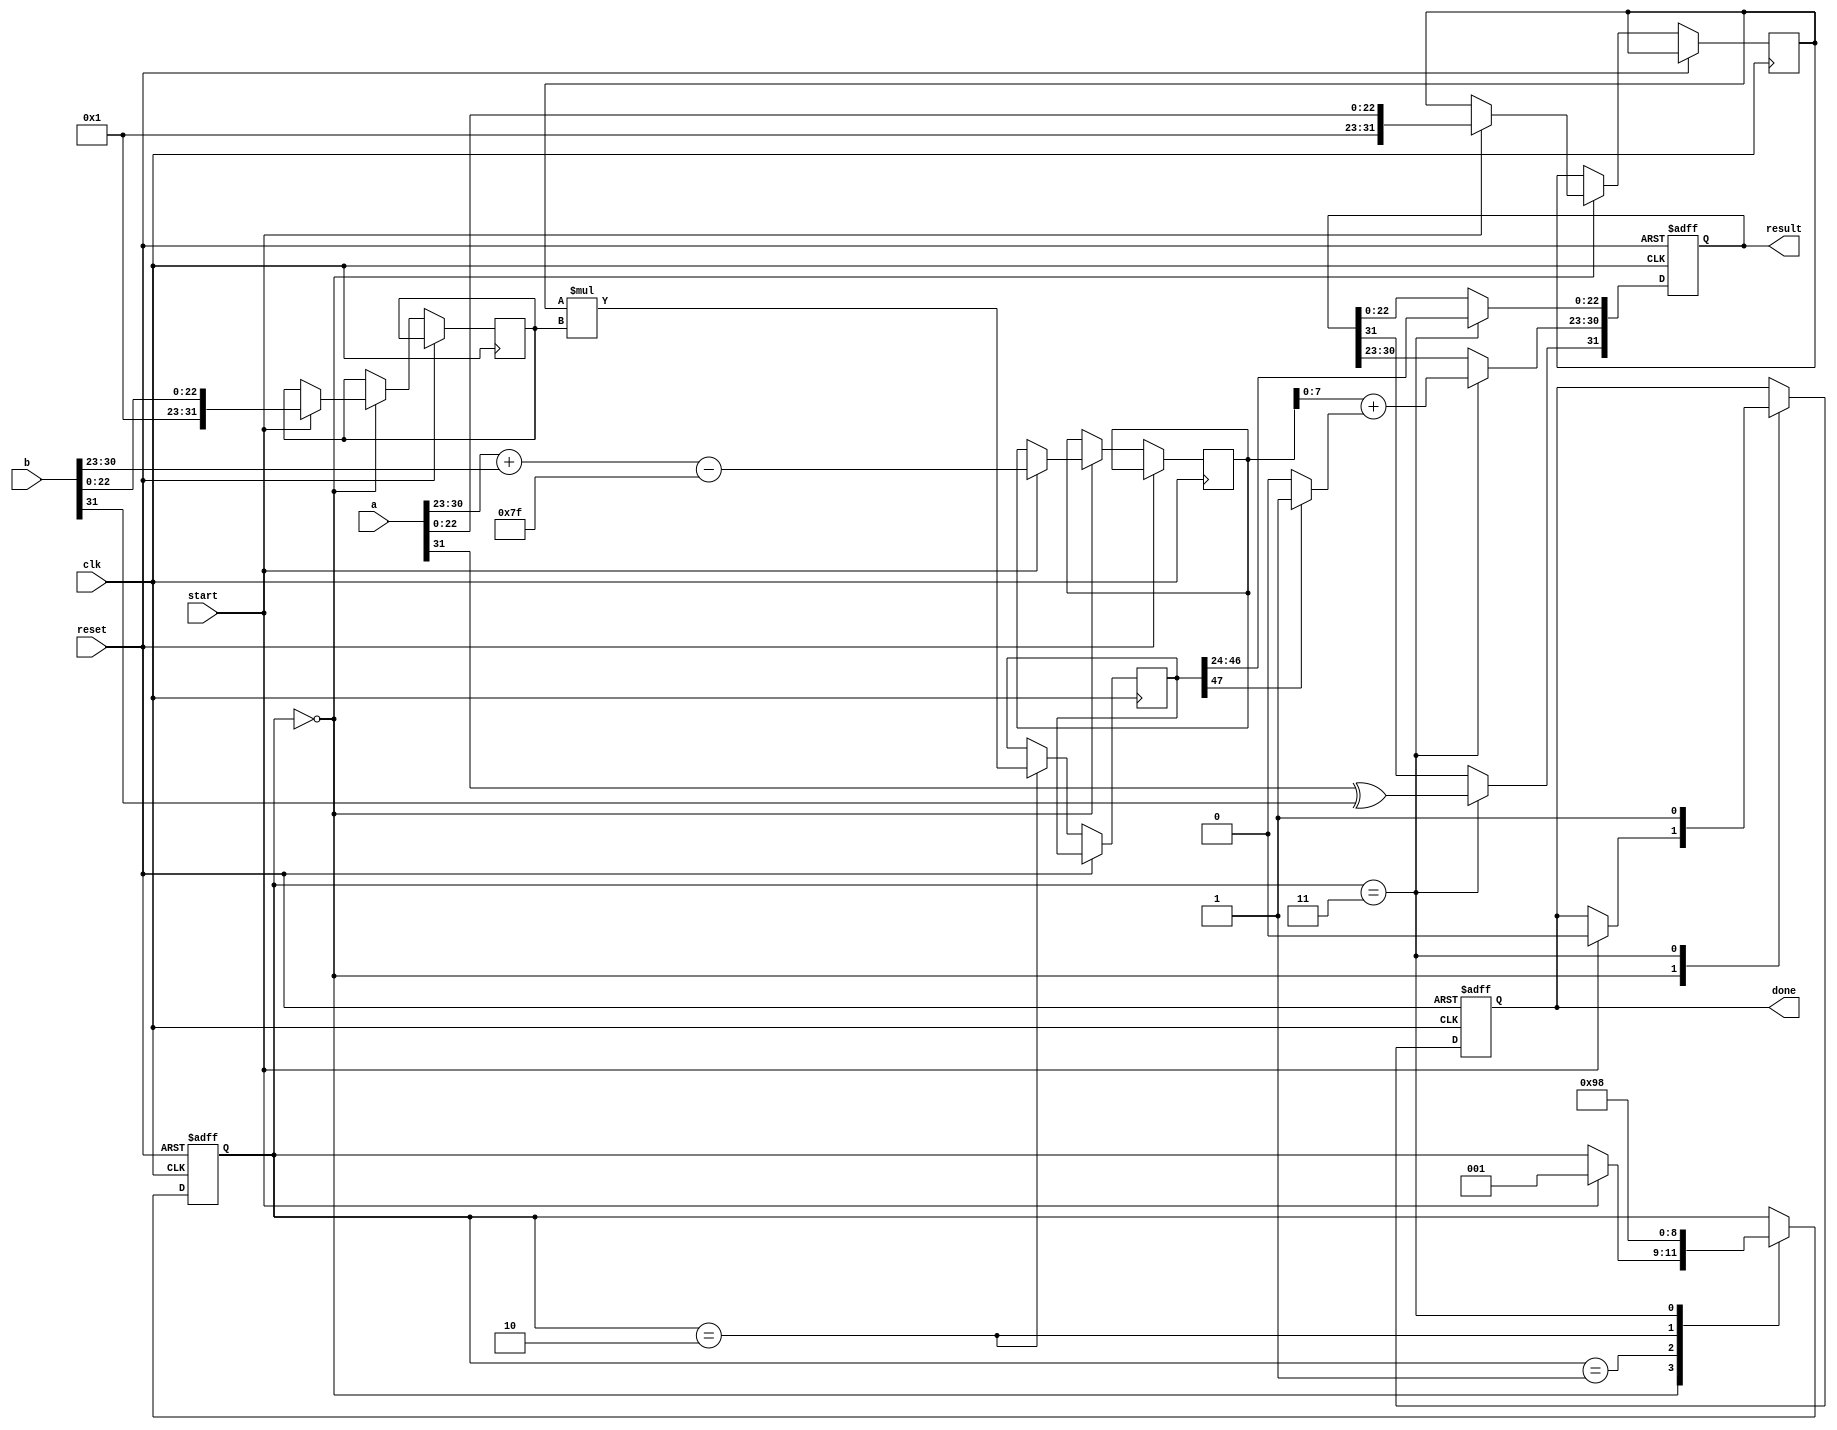
module floating_point_multiplier(
    input clk,
    input reset,
    input start,
    input [31:0] a,  // First floating-point number
    input [31:0] b,  // Second floating-point number
    output reg [31:0] result, // Resulting floating-point number
    output reg done  // Indicate completion
);

    // Floating-point components
    wire sign_a = a[31];
    wire sign_b = b[31];
    wire [7:0] exp_a = a[30:23];
    wire [7:0] exp_b = b[30:23];
    wire [22:0] mant_a = a[22:0];
    wire [22:0] mant_b = b[22:0];

    reg [31:0] mant_a_shifted;
    reg [31:0] mant_b_shifted;
    reg [8:0] exp_result; // Exponent result (9 bits to handle overflow)
    reg [47:0] mant_result; // Mantissa result (up to 48 bits for multiplication)

    reg [2:0] state; // State for sequential control (0: idle, 1: normalize, 2: multiply, 3: finalize)
    
    parameter IDLE = 3'b000;
    parameter NORMALIZE = 3'b001;
    parameter MULTIPLY = 3'b010;
    parameter FINALIZE = 3'b011;

    always @(posedge clk or posedge reset) begin
        if (reset) begin
            result <= 32'b0;
            done <= 0;
            state <= IDLE;
        end else begin
            case (state)
                IDLE: begin
                    if (start) begin
                        // Preprocess input: normalize mantissas
                        mant_a_shifted <= {1'b1, mant_a}; // Add implicit leading 1
                        mant_b_shifted <= {1'b1, mant_b}; // Add implicit leading 1
                        exp_result <= exp_a + exp_b - 8'd127; // Subtract bias
                        state <= NORMALIZE;
                        done <= 0;
                    end
                end

                NORMALIZE: begin
                    // No normalization needed in this simple approach
                    state <= MULTIPLY;
                end

                MULTIPLY: begin
                    // Perform mantissa multiplication
                    mant_result <= mant_a_shifted * mant_b_shifted;
                    state <= FINALIZE;
                end

                FINALIZE: begin
                    // Determine final sign
                    result[31] <= sign_a ^ sign_b; // Resulting sign
                    result[30:23] <= exp_result + (mant_result[47] ? 8'd1 : 8'd0); // Set exponent with normalization adjustment
                    result[22:0] <= mant_result[46:24]; // Final mantissa (23 bits)
                    done <= 1; // Indicate completion
                    state <= IDLE; // Go back to idle
                end
            endcase
        end
    end
endmodule